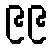
၉၉